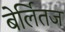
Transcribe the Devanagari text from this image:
बेर्लितज